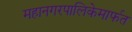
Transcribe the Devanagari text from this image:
महानगरपालिकेमार्फत